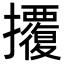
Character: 𢺁